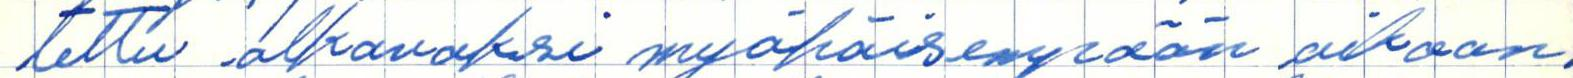
tettu alkavaksi myöhäisempään aikaan.